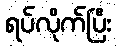
ရပ်လိုက်ပြီး